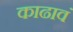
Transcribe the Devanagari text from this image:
काढावं